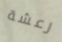
رعشة